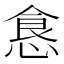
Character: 𱃤